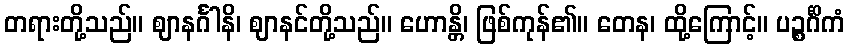
တရားတို့သည်။ ဈာနင်္ဂါနိ၊ ဈာနင်တို့သည်။ ဟောန္တိ၊ ဖြစ်ကုန်၏။ တေန၊ ထို့ကြောင့်။ ပဉ္စင်္ဂိကံ